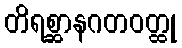
တိရစ္ဆာနဂတဝတ္ထု